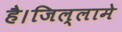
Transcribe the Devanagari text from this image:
है।जिल्लामे